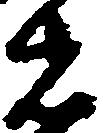
者